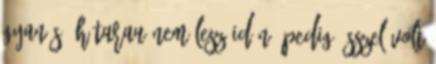
gyanús, h TARAU nem lesz idén, pedig ősszel volt